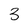
Character: 3